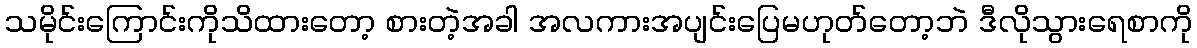
သမိုင်းကြောင်းကိုသိထားတော့ စားတဲ့အခါ အလကားအပျင်းပြေမဟုတ်တော့ဘဲ ဒီလိုသွားရေစာကို